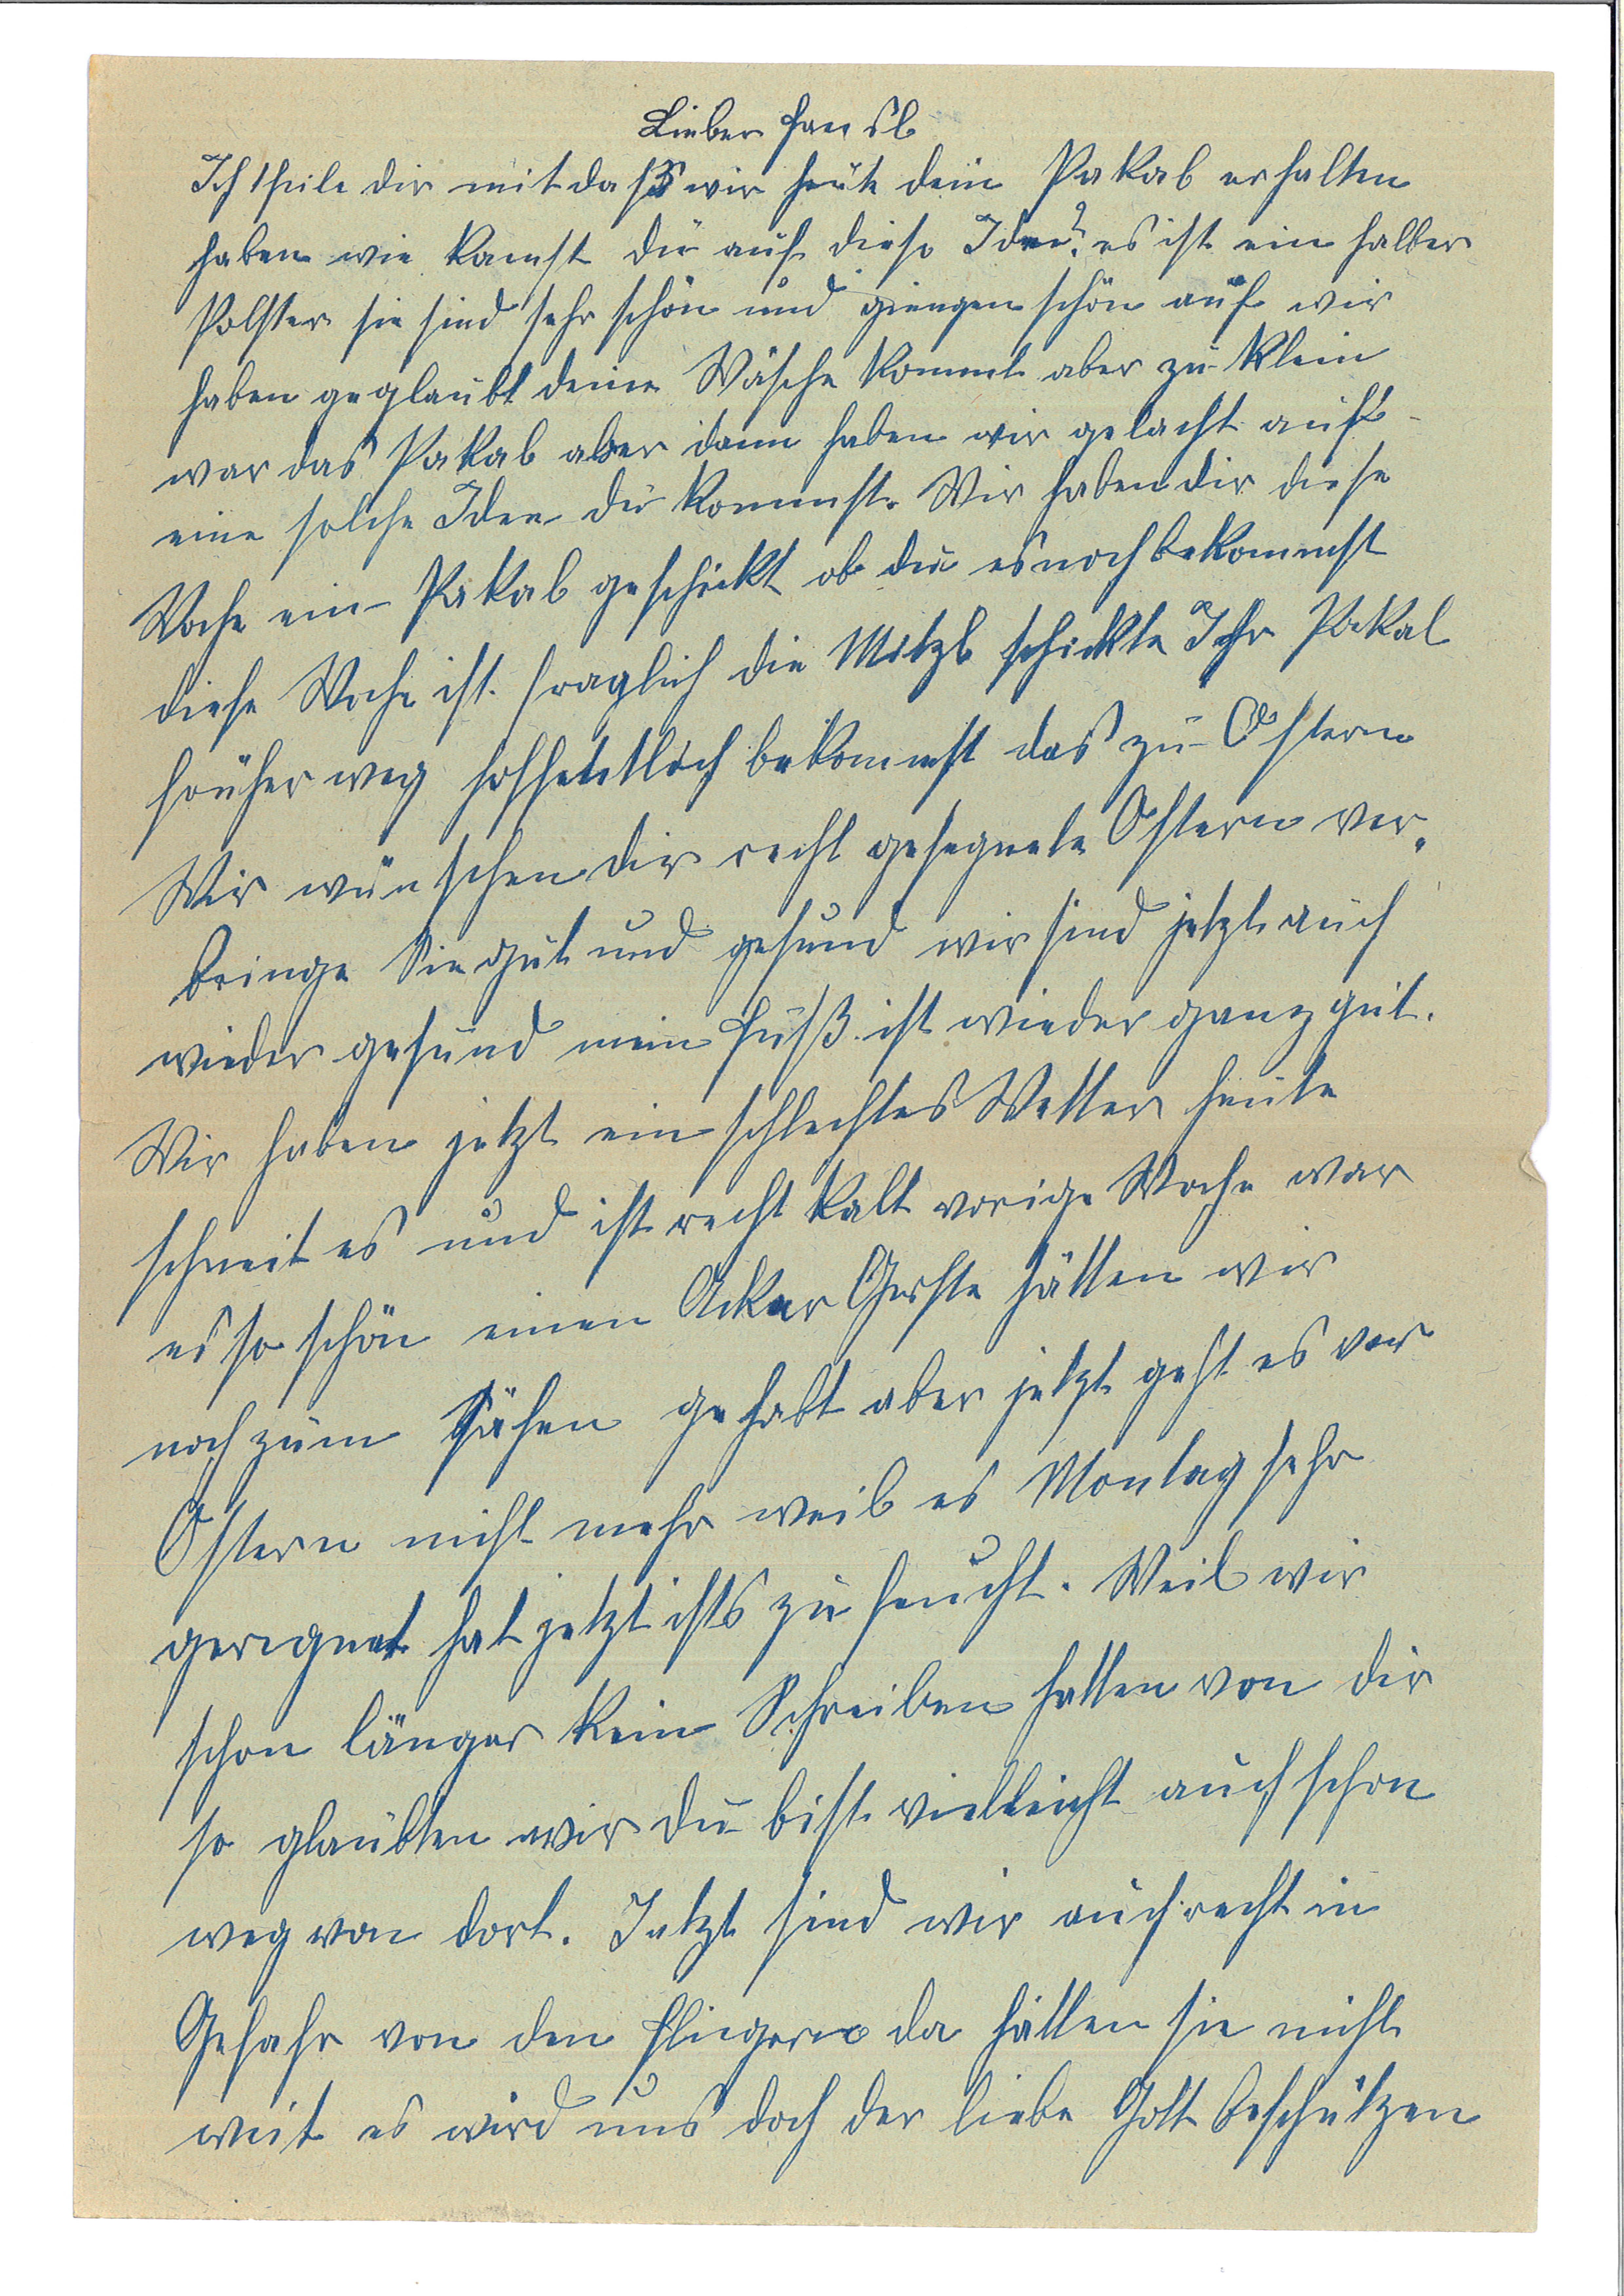
Lieber Hansl
Ich teile dir mit daß wir heute dein Pakal erhalten
haben wie kamst du auf diese Idee? Es ist ein halber
Polster sie sind sehr schön und giengen schön auf wir
haben geglaubt deine Wäsche kommt aber zu klein
war das Pakerl aber dann haben wir gelacht auf
eine solche Idee du kommst. Wir haben dir diese
Woche ein Pakal geschickt, ob du es noch bekommst
diese Woche ist fraglich die Mitzl schickte Ihr Pakal
früher weg hoffentlich bekommst das zu Ostern
Wir wünschen dir recht gesegnete Ostern ver¬
bringe sie gut und gesund wir sind jetzt auch
wieder gesund mein Fuß ist wieder ganz gut.
Wir haben jetzt ein schlechtes Wetter heute
schneit es und ist recht kalt vorige Woche war
es so schön einen Acker Gerste hätten wir
noch zum Sähen gehabt aber jetzt geht es vor
Ostern nicht mehr weil es Montag sehr
geregnet hat jetzt ists zu feucht. Weil wir
schon länger kein Schreiben hatten von dir
so glaubten wir du bist vielleicht auch schon
weg von dort. Jetzt sind wir auch recht in
Gefahr von den Fliegern da hätten sie nicht
weit es wird uns doch der liebe Gott beschützten